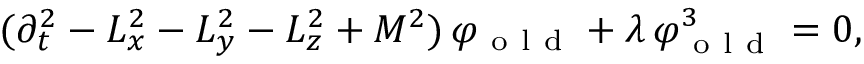
\begin{array} { r } { ( \partial _ { t } ^ { 2 } - L _ { x } ^ { 2 } - L _ { y } ^ { 2 } - L _ { z } ^ { 2 } + M ^ { 2 } ) \, \varphi _ { \mathrm { ~ o ~ l ~ d ~ } } + \lambda \, \varphi _ { \mathrm { ~ o ~ l ~ d ~ } } ^ { 3 } = 0 , } \end{array}